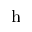
_ \mathrm { h }